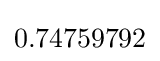
0.74759792